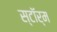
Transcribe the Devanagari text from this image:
स्टाॅर्म